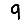
Digit: 9